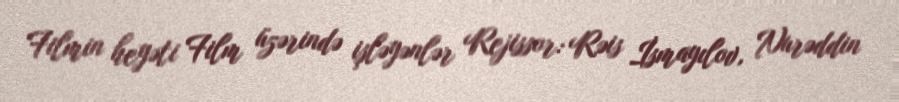
Filmin heyəti Film üzərində işləyənlər Rejissor: Rəis İsmayılov, Nurəddin